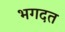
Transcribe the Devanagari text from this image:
भगदत